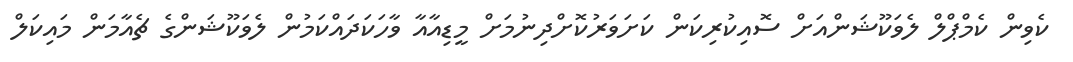
ކެވިން ކެމްޕްލް ލެވަކޫޝަންއަށް ސޮއިކުރިކަން ކަށަވަރުކޮށްދިނުމަށް މީޑިއާއާ ވާހަކަދައްކަމުން ލެވަކޫޝަންގެ ޗެއާމަން މައިކަލް